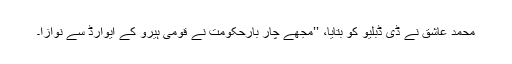
محمد عاشق نے ڈی ڈبلیو کو بتایا، ’’مجھے چار بارحکومت نے قومی ہیرو کے ایوارڈ سے نوازا۔